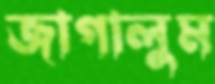
জাগালুম